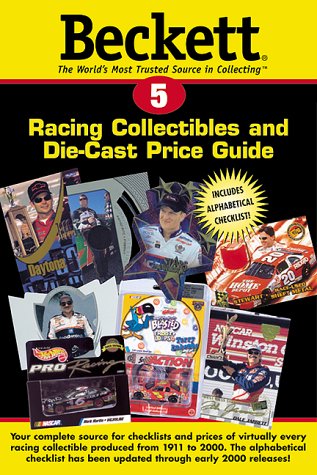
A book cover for Beckett Racing Collectibles & Die-Cast Price Guide (Beckett Racing Collectibles and Die-Cast Price Guide); Crafts, Hobbies & Home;